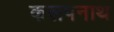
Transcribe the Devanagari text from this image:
कलपनाथ